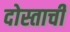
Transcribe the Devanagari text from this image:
दोस्ताची